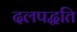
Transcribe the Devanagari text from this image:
दलपद्धति